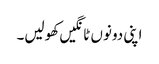
اپنی دونوں ٹانگیں کھولیں۔